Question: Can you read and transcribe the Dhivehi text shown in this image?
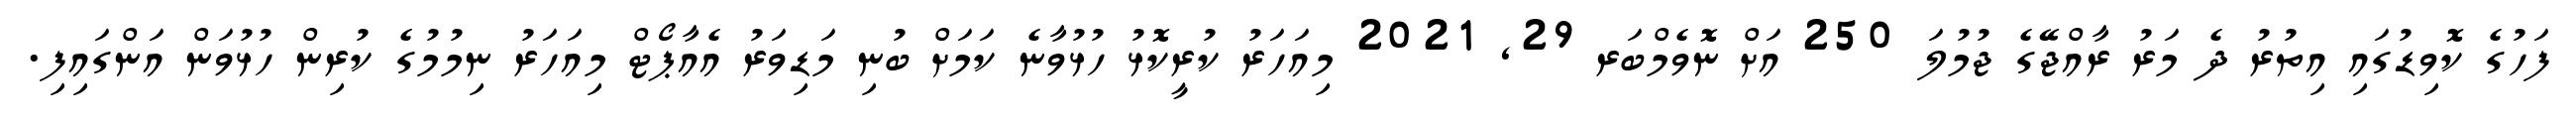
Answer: ފަހުގެ ކޮވިޑުގައި އިތުރު ދެ މަރު ރާއްޖޭގެ ޖުމުލަ 250 އަށް ނޮވެމްބަރ 29, 2021 މިއަހަރު ކުރީކޮޅު ހުޅުވާނެ ކަމަށް ބުނި މަޑިވަރު އެއާޕޯޓް މިއަހަރު ނިމުމުގެ ކުރިން ހުޅުވަން އަންގައިފި.